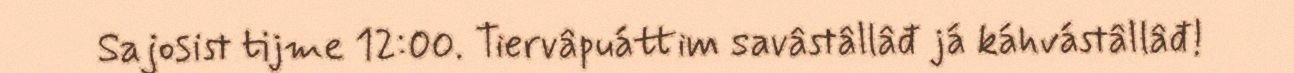
Sajosist tijme 12:00. Tiervâpuáttim savâstâllâđ já káhvástâllâđ!